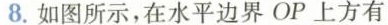
8.如图所示，在水平边界OP上方有